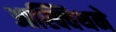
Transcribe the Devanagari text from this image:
आस्क्विथने